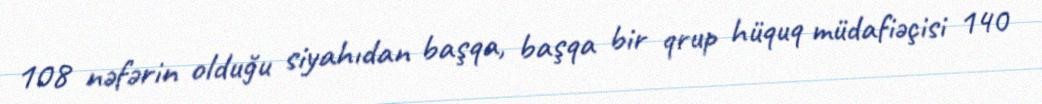
108 nəfərin olduğu siyahıdan başqa, başqa bir qrup hüquq müdafiəçisi 140